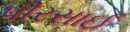
પીરસાઈ